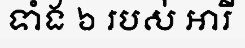
ទាំង ៦ របស់ អារី